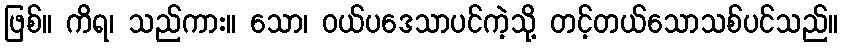
ဖြစ်။ ကိရ၊ သည်ကား။ သော၊ ဝယ်ပဒေသာပင်ကဲ့သို့ တင့်တယ်သောသစ်ပင်သည်။